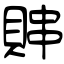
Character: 賗